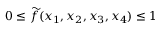
0 \le { \widetilde f } ( x _ { 1 } , x _ { 2 } , x _ { 3 } , x _ { 4 } ) \le 1